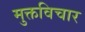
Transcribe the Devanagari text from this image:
मुक्तविचार